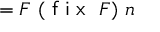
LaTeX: = F \ ( { \textsf { f i x } } \ F ) \ n